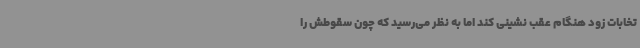
تخابات زود هنگام عقب نشینی کند اما به نظر می‌رسید که چون سقوطش را